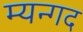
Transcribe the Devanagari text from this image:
म्यन्गद